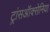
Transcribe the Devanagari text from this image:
ट्रांसऑक्सेनिया